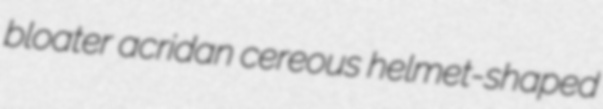
bloater acridan cereous helmet-shaped